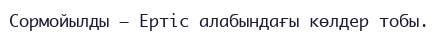
Сормойылды – Ертіс алабындағы көлдер тобы.